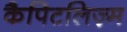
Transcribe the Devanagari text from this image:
कैपिटलिज़्म